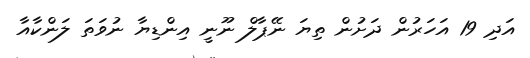
އަދި 19 އަހަރުން ދަށުން ތިޔަ ނޭޕާލް ނޫނީ އިންޑިޔާ ނުވަތަ ލަންކާއާ